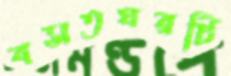
বসতঘরটি